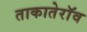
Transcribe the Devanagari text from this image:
ताकातेराॅव